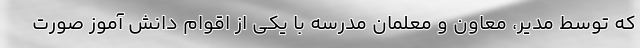
که توسط مدیر، معاون و معلمان مدرسه با یکی از اقوام دانش آموز صورت